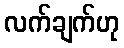
လက်ချက်ဟု